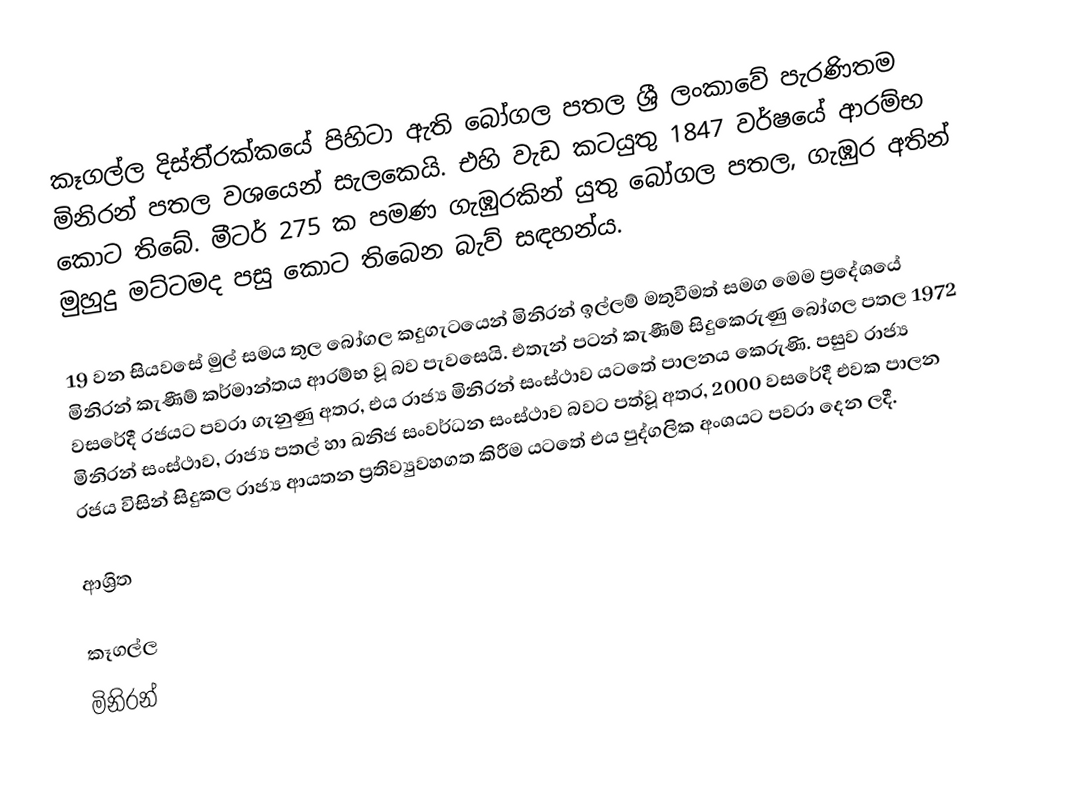
කෑගල්ල දිස්ති‍්‍රක්කයේ පිහිටා ඇති බෝගල පතල ශ්‍රී ලංකාවේ පැරණිතම මිනිරන් පතල වශයෙන් සැලකෙයි. එහි වැඩ කටයුතු 1847 වර්ෂයේ ආරම්භ කොට තිබේ. මීටර් 275 ක පමණ ගැඹුරකින් යුතු බෝගල පතල, ගැඹුර අතින් මුහුදු මට්ටමද පසු කොට තිබෙන බැව් සඳහන්ය.

19 වන සියවසේ මුල් සමය තුල බෝගල කදුගැටයෙන් මිනිරන් ඉල්ලම් මතුවීමත් සමග මෙම ප්‍රදේශයේ මිනිරන් කැණීම් කර්මාන්තය ආරම්භ වූ බව පැවසෙයි. එතැන් පටන් කැණීම් සිදුකෙරුණු බෝගල පතල 1972 වසරේදී රජයට පවරා ගැනුණු අතර, එය රාජ්‍ය මිනිරන් සංස්ථාව යටතේ පාලනය කෙරුණි. පසුව රාජ්‍ය මිනිරන් සංස්ථාව, රාජ්‍ය පතල් හා ඛනිජ සංවර්ධන සංස්ථාව බවට පත්වූ අතර, 2000 වසරේදී එවක පාලන රජය විසින් සිදුකල රාජ්‍ය ආයතන ප්‍රතිව්‍යුවහගත කිරීම යටතේ එය පුද්ගලික අංශයට පවරා දෙන ලදී.

ආශ්‍රිත

කෑගල්ල
මිනිරන්